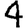
Digit: 4